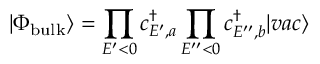
| \Phi _ { \mathrm { b u l k } } \rangle = \prod _ { E ^ { \prime } < 0 } c _ { E ^ { \prime } , a } ^ { \dagger } \prod _ { E ^ { \prime \prime } < 0 } c _ { E ^ { \prime \prime } , b } ^ { \dagger } | v a c \rangle